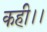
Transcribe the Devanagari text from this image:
कही।।